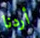
أردنا